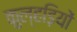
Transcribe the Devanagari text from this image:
कुल्हड़ियों